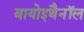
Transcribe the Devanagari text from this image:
बायोइथैनॉल